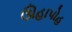
ઊહાપોહ